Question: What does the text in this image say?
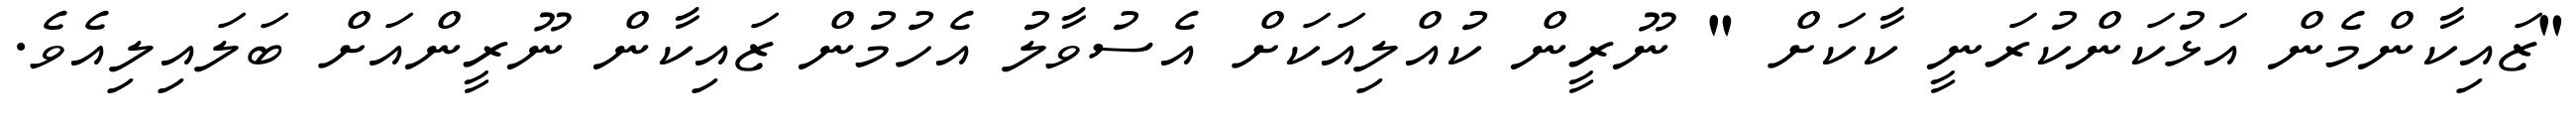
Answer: "ޒައިކާންމެން އަޅުކަންކުރަނީ ކާކަށް " ނޫރީން ކުއްލިއަކަށް އެސުވާލު އެހުމުން ޒައިކާން ނޫރީންއަށް ބަލައިލިއެވެ.